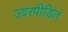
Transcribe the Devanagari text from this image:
ज्वरपीड़ित